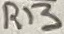
Text: R13